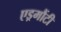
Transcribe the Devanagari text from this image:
एड्रमौंटी